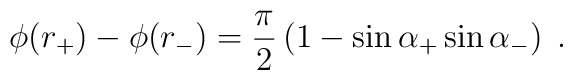
\phi(r_+) - \phi(r_-) = \frac{\pi}{2}\left( 1 - \sin\alpha_+ \sin\alpha_- \right)\;.